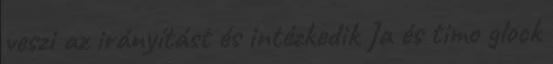
veszi az irányítást és intézkedik Ja és timo glock